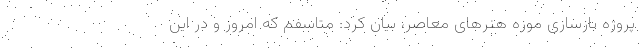
پروژه بازسازی موزه هنرهای معاصر، بیان کرد: متاسفم که امروز و در این